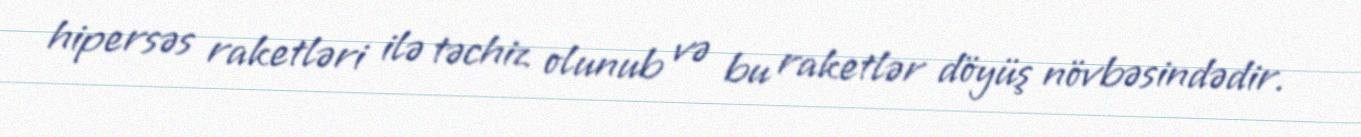
hipersəs raketləri ilə təchiz olunub və bu raketlər döyüş növbəsindədir.